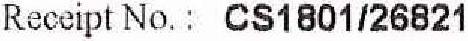
RECEIPT NO. : CS1801/26821